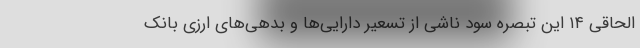
الحاقی ۱۴ این تبصره سود ناشی از تسعیر دارایی‌ها و بدهی‌های ارزی بانک